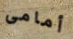
أمامى